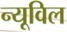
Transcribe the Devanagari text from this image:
न्यूविल